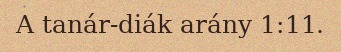
A tanár-diák arány 1:11.